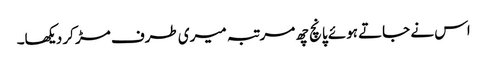
اس نے جاتے ہوئے پانچ چھ مرتبہ میری طرف مڑ کر دیکھا۔